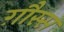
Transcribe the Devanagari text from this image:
ग़ौस्स